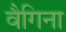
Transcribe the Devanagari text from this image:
वैगिना